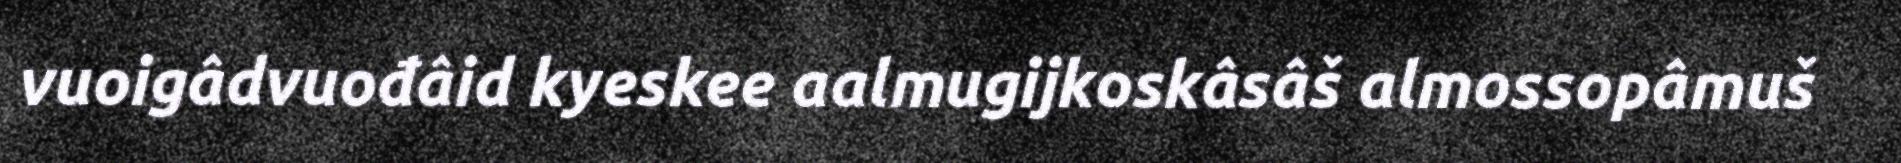
vuoigâdvuođâid kyeskee aalmugijkoskâsâš almossopâmuš